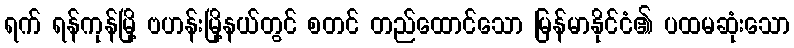
ရက် ရန်ကုန်မြို့ ဗဟန်းမြို့နယ်တွင် စတင် တည်ထောင်သော မြန်မာနိုင်ငံ၏ ပထမဆုံးသော